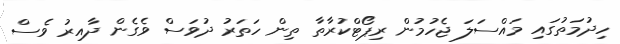
ހިދުމަތުގައި މައްސަލަ ޖެހުމުން ރިޕޯޓްކުރާތާ ތިން ހަތަރު ދުވަސް ވެގެން ދާއިރު ވެސް